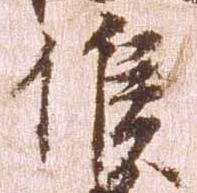
候